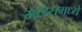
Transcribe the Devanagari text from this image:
मॉडेरामध्ये